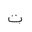
Letter: _ta